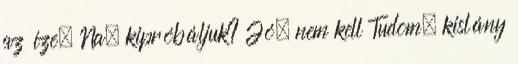
az íze. Na, kipróbáljuk? Jó, nem kell Tudom, kislány